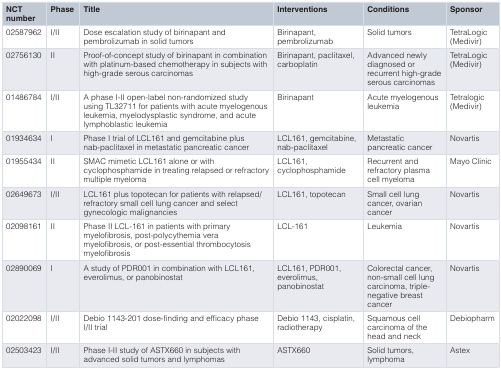
<table><thead><tr><td><b>NCTnumber</b></td><td><b>Phase</b></td><td><b>Title</b></td><td><b>Interventions</b></td><td><b>Conditions</b></td><td><b>Sponsor</b></td></tr></thead><tbody><tr><td>02587962</td><td>I/II</td><td>Dose escalation study of birinapant andpembrolizumab in solid tumors</td><td>Birinapant,pembrolizumab</td><td>Solid tumors</td><td>TetraLogic(Medivir)</td></tr><tr><td>02756130</td><td>II</td><td>Proof-of-concept study of birinapant in combinationwith platinum-based chemotherapy in subjects withhigh-grade serous carcinomas</td><td>Birinapant, paclitaxel,carboplatin</td><td>Advanced newlydiagnosed orrecurrent high-gradeserous carcinomas</td><td>TetraLogic(Medivir)</td></tr><tr><td>01486784</td><td>I/II</td><td>A phase I-II open-label non-randomized studyusing TL32711 for patients with acute myelogenousleukemia, myelodysplastic syndrome, and acutelymphoblastic leukemia</td><td>Birinapant</td><td>Acute myelogenousleukemia</td><td>Tetralogic(Medivir)</td></tr><tr><td>01934634</td><td>I</td><td>Phase I trial of LCL161 and gemcitabine plusnab-paclitaxel in metastatic pancreatic cancer</td><td>LCL161, gemcitabine,nab-paclitaxel</td><td>Metastaticpancreatic cancer</td><td>Novartis</td></tr><tr><td>01955434</td><td>II</td><td>SMAC mimetic LCL161 alone or withcyclophosphamide in treating relapsed or refractorymultiple myeloma</td><td>LCL161,cyclophosphamide</td><td>Recurrent andrefractory plasmacell myeloma</td><td>Mayo Clinic</td></tr><tr><td>02649673</td><td>I/II</td><td>LCL161 plus topotecan for patients with relapsed/refractory small cell lung cancer and selectgynecologic malignancies</td><td>LCL161, topotecan</td><td>Small cell lungcancer, ovariancancer</td><td>Novartis</td></tr><tr><td>02098161</td><td>II</td><td>Phase II LCL-161 in patients with primarymyelofibrosis, post-polycythemia veramyelofibrosis, or post-essential thrombocytosismyelofibrosis</td><td>LCL-161</td><td>Leukemia</td><td>Novartis</td></tr><tr><td>02890069</td><td>I</td><td>A study of PDR001 in combination with LCL161,everolimus, or panobinostat</td><td>LCL161, PDR001,everolimus,panobinostat</td><td>Colorectal cancer,non-small cell lungcarcinoma, triple-negative breastcancer</td><td>Novartis</td></tr><tr><td>02022098</td><td>I/II</td><td>Debio 1143-201 dose-finding and efficacy phaseI/II trial</td><td>Debio 1143, cisplatin,radiotherapy</td><td>Squamous cellcarcinoma of thehead and neck</td><td>Debiopharm</td></tr><tr><td>02503423</td><td>I/II</td><td>Phase I-II study of ASTX660 in subjects withadvanced solid tumors and lymphomas</td><td>ASTX660</td><td>Solid tumors,lymphoma</td><td>Astex</td></tr></tbody></table>